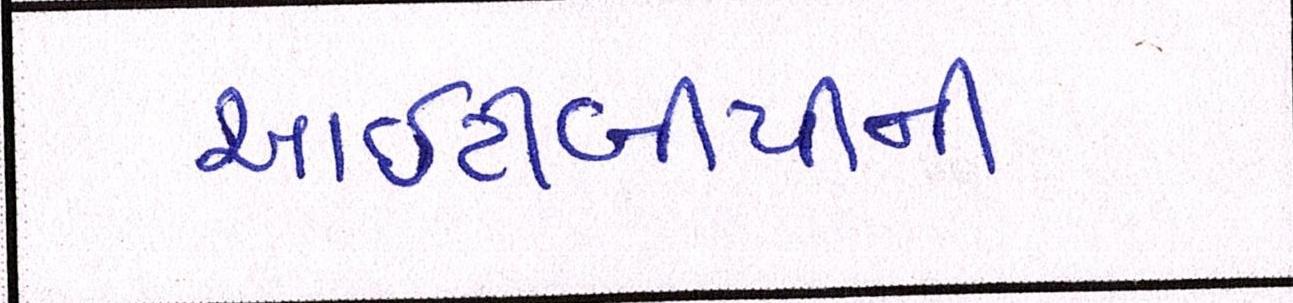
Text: આઇટીબીપીની